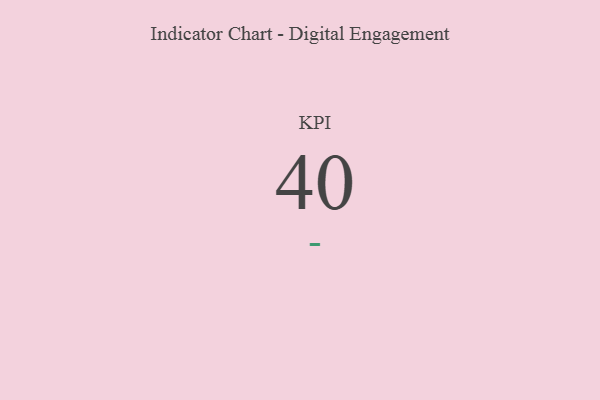
{"axis": {"x": "KPI", "y": "Value"}, "legend": [""], "data": [{"x": "KPI", "y": 40, "type": ""}]}